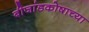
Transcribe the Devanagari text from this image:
बीजांडकोषाच्या